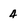
Character: 4